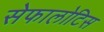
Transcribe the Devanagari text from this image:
सेफालोटिस